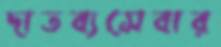
দাতব্যসেবার